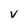
Character: V